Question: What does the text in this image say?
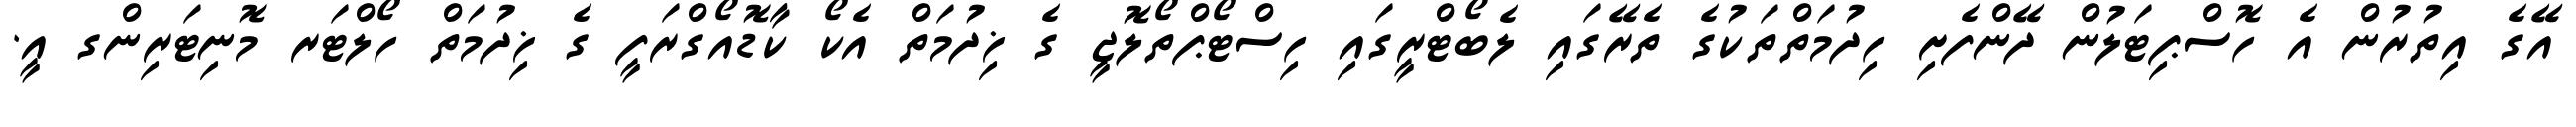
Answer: އޭގެ އިތުރުން އެ ހޮސްޕިޓަލުން ދޭންފެށި ހިދުމަތްތަކުގެ ތެރޭގައި ލެބޯޓްރީގައި ހިސްޓޯޕްތޯލޮޖީ ގެ ޚިދުމަތް އެކޯ ކާޑޮއޯގްރަފީ ގެ ޚިދުމަތް ހޯލްޓަރ މޮނިޓަރިންގ އީ.